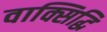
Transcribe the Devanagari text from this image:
वाक्सिद्धि